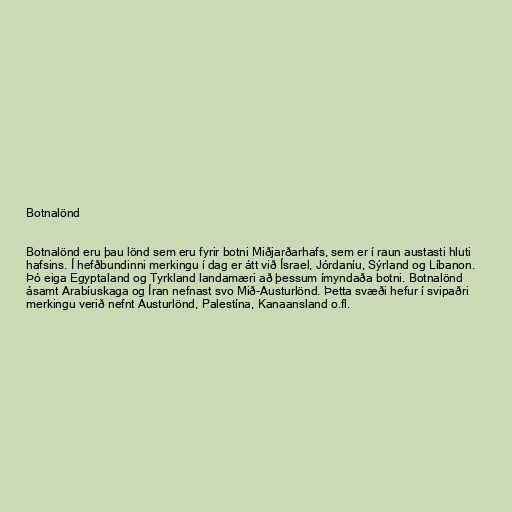
Botnalönd

Botnalönd eru þau lönd sem eru fyrir botni Miðjarðarhafs, sem er í raun austasti hluti
hafsins. Í hefðbundinni merkingu í dag er átt við Ísrael, Jórdaníu, Sýrland og Líbanon.
Þó eiga Egyptaland og Tyrkland landamæri að þessum ímyndaða botni. Botnalönd
ásamt Arabíuskaga og Íran nefnast svo Mið-Austurlönd. Þetta svæði hefur í svipaðri
merkingu verið nefnt Austurlönd, Palestína, Kanaansland o.fl.